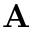
\textbf { A }